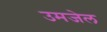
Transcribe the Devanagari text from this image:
उमजेल